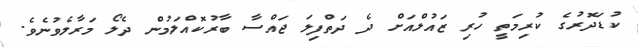
ކުޑަދޮރުގެ ކުރިމަތީ ހުރި ޒައުލްއަށް ދެ ދަތްފިލަ ޖައްސާ ބާރުކޮއްލަމުން ދެލޯ މަރާލެވުނެވެ.